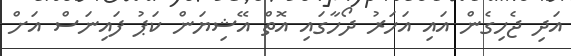
އަދި ޖެހިގެން އައި އަހަރު ދޯހާގައި އޮތް އޭޝިޔަން ކަޕު ފައިނަސް އަށް